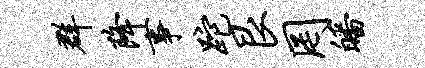
群降事跎艮罔皤